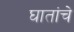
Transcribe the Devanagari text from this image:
घातांचे